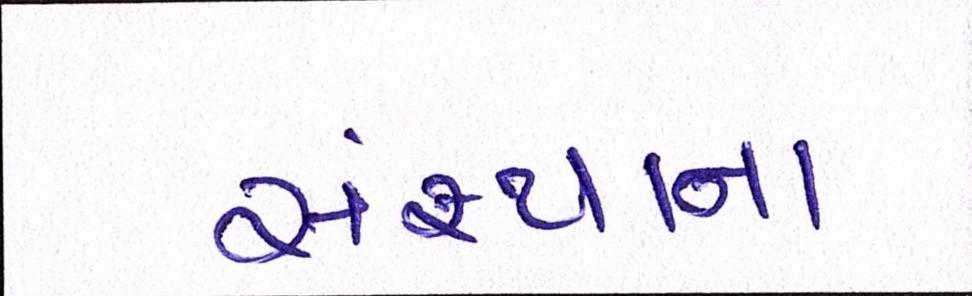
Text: સંસ્થાના